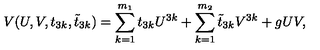
V ( U , V , t _ { 3 k } , \tilde { t } _ { 3 k } ) = \sum _ { k = 1 } ^ { m _ { 1 } } t _ { 3 k } U ^ { 3 k } + \sum _ { k = 1 } ^ { m _ { 2 } } \tilde { t } _ { 3 k } V ^ { 3 k } + g U V ,